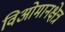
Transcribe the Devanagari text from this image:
विओमानक्षेत्र